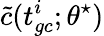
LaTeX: \tilde{c}(t_{gc}^{i};\theta^{\star})